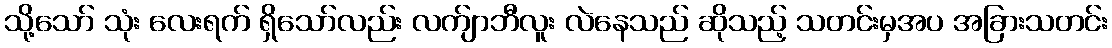
သို့သော် သုံး လေးရက် ရှိသော်လည်း လက်ျာဘီလူး လဲနေသည် ဆိုသည့် သတင်းမှအပ အခြားသတင်း